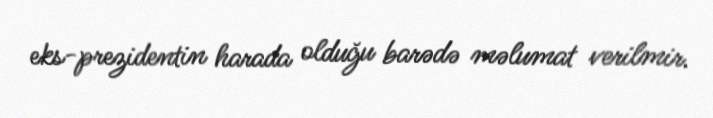
eks-prezidentin harada olduğu barədə məlumat verilmir.